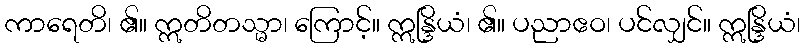
ကာရေတိ၊ ၏။ ဣတိတသ္မာ၊ ကြောင့်။ ဣန္ဒြိယံ၊ ၏။ ပညာဧဝ၊ ပင်လျှင်။ ဣန္ဒြိယံ၊